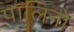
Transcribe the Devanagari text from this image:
पॉलिनो